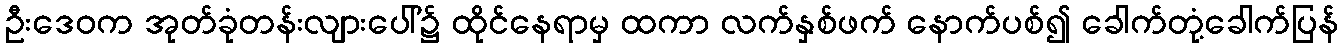
ဦးဒေဝက အုတ်ခုံတန်းလျားပေါ်၌ ထိုင်နေရာမှ ထကာ လက်နှစ်ဖက် နောက်ပစ်၍ ခေါက်တုံ့ခေါက်ပြန်